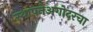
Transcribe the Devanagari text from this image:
स्थापनेअगोदरचा